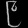
Digit: ၉